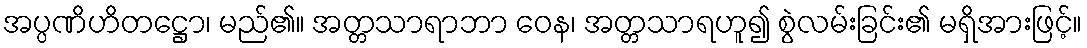
အပ္ပဏိဟိတဋ္ဌော၊ မည်၏။ အတ္တသာရာဘာ ဝေန၊ အတ္တသာရဟူ၍ စွဲလမ်းခြင်း၏ မရှိအားဖြင့်။